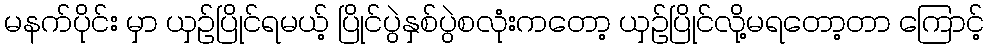
မနက်ပိုင်း မှာ ယှဉ်ပြိုင်ရမယ့် ပြိုင်ပွဲနှစ်ပွဲစလုံးကတော့ ယှဉ်ပြိုင်လို့မရတော့တာ ကြောင့်